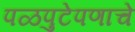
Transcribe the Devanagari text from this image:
पळपुटेपणाचे